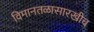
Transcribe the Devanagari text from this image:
विमानतळासारखीच